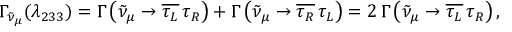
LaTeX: \Gamma _ { \tilde { \nu } _ { \mu } } ( \lambda _ { 2 3 3 } ) = \Gamma \left( \tilde { \nu } _ { \mu } \to \overline { { { \tau _ { L } } } } \, \tau _ { R } \right) + \Gamma \left( \tilde { \nu } _ { \mu } \to \overline { { { \tau _ { R } } } } \, \tau _ { L } \right) = 2 \, \Gamma \left( \tilde { \nu } _ { \mu } \to \overline { { { \tau _ { L } } } } \, \tau _ { R } \right) ,